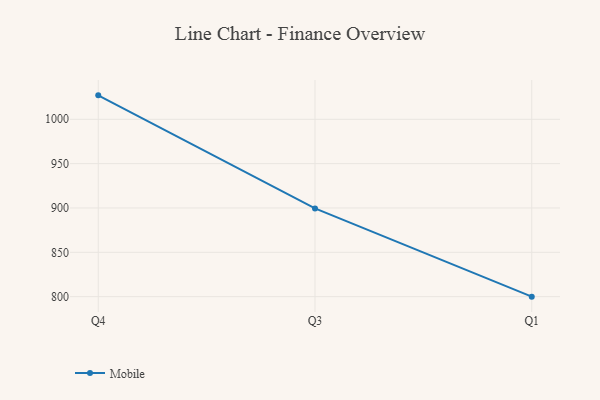
{"axis": {"x": "Quarter", "y": "Churn Rate (%)"}, "legend": ["Mobile"], "data": [{"x": "Q4", "y": 1027.0, "type": "Mobile"}, {"x": "Q3", "y": 899.5, "type": "Mobile"}, {"x": "Q1", "y": 800, "type": "Mobile"}]}